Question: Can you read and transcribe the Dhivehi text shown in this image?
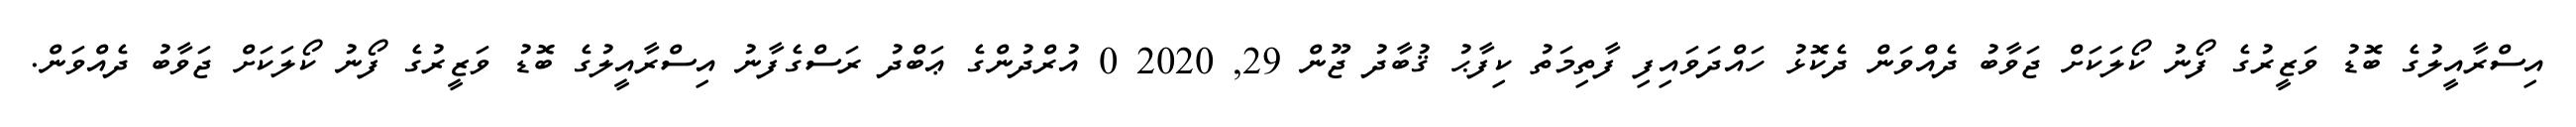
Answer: އިސްރާއީލުގެ ބޮޑު ވަޒީރުގެ ފޯނު ކޯލަކަށް ޖަވާބު ދެއްވަން ދެކޮޅު ހައްދަވައިފި ފާތިމަތު ކިފާޙު ޤުބާދު ޖޫން 29, 2020 0 އުރްދުންގެ ޢަބްދު ރަސްގެފާނު އިސްރާއީލުގެ ބޮޑު ވަޒީރުގެ ފޯނު ކޯލަކަށް ޖަވާބު ދެއްވަން.